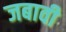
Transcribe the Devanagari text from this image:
जबावी